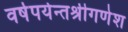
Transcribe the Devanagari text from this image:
वर्षपर्यन्तश्रीगणेश